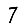
Digit: 7